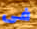
فى